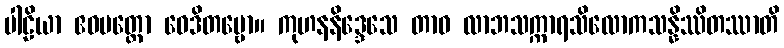
ပါဠိယာ ဧဝမတ္ထော ဝေဒိတဗ္ဗော။ ကုဟနနိဒ္ဒေသေ တာဝ လာဘသက္ကာရသိလောကသန္နိဿိတဿာတိ